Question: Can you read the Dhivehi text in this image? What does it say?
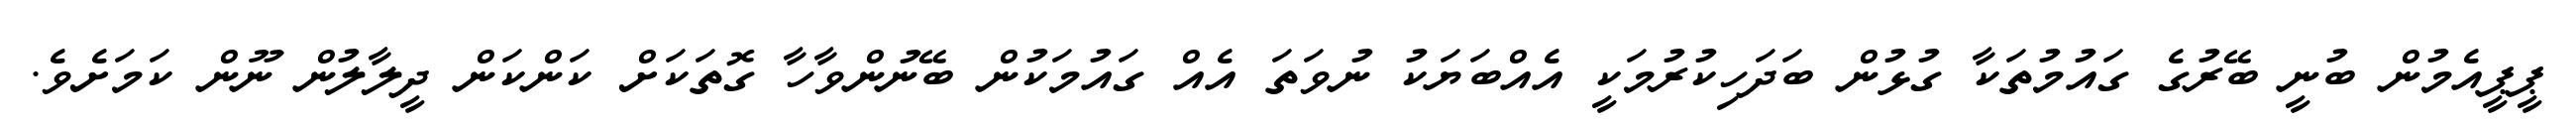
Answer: ޕީޕީއެމުން ބުނީ ބޭރުގެ ގައުމުތަކާ ގުޅުން ބަދަހިކުރުމަކީ އެއްބަޔަކު ނުވަތަ އެއް ގައުމަކުން ބޭނުންވާހާ ގޮތަކަށް ކަންކަން ދީލާލުން ނޫން ކަމަށެވެ.